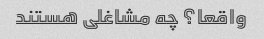
واقعا؟ چه مشاغلی هستند